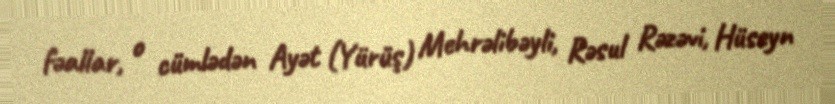
fəallar, o cümlədən Ayət (Yürüş) Mehrəlibəyli, Rəsul Rəzəvi, Hüseyn